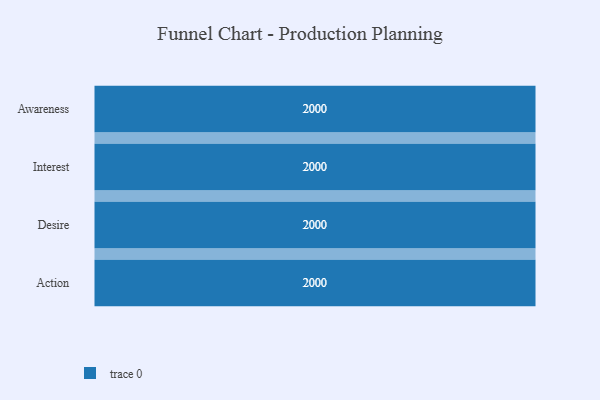
{"axis": {"x": "Stage", "y": "Value"}, "legend": [""], "data": [{"x": "Awareness", "y": 2000, "type": ""}, {"x": "Interest", "y": 2000, "type": ""}, {"x": "Desire", "y": 2000, "type": ""}, {"x": "Action", "y": 2000, "type": ""}]}